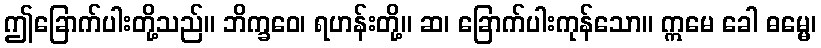
ဤခြောက်ပါးတို့သည်။ ဘိက္ခဝေ၊ ရဟန်းတို့။ ဆ၊ ခြောက်ပါးကုန်သော။ ဣမေ ခေါ ဓမ္မေ၊